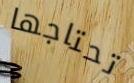
تحتاجها